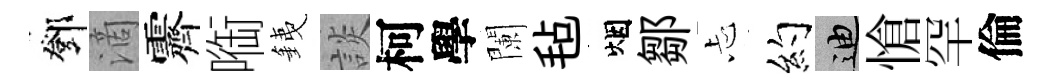
鄧滴霽㗸銕談柯學闌毡烟鄒忐约迪愴罕倫